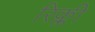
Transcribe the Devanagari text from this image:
रिक्ली